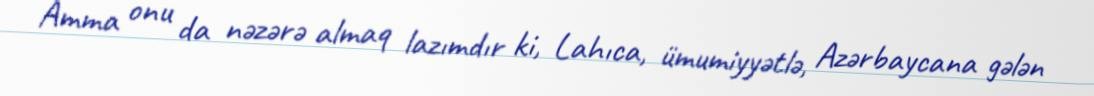
Amma onu da nəzərə almaq lazımdır ki, Lahıca, ümumiyyətlə, Azərbaycana gələn